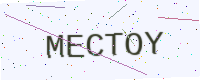
Text: MECTOY